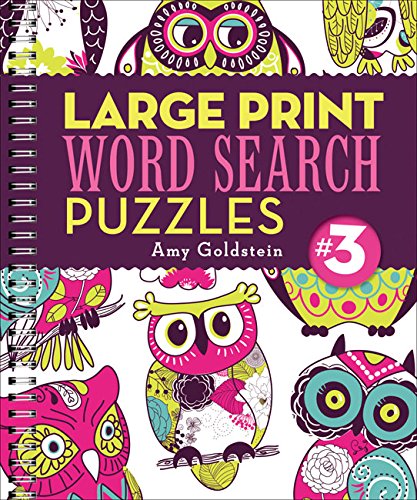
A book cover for Large Print Word Search Puzzles 3; Amy Goldstein; Humor & Entertainment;